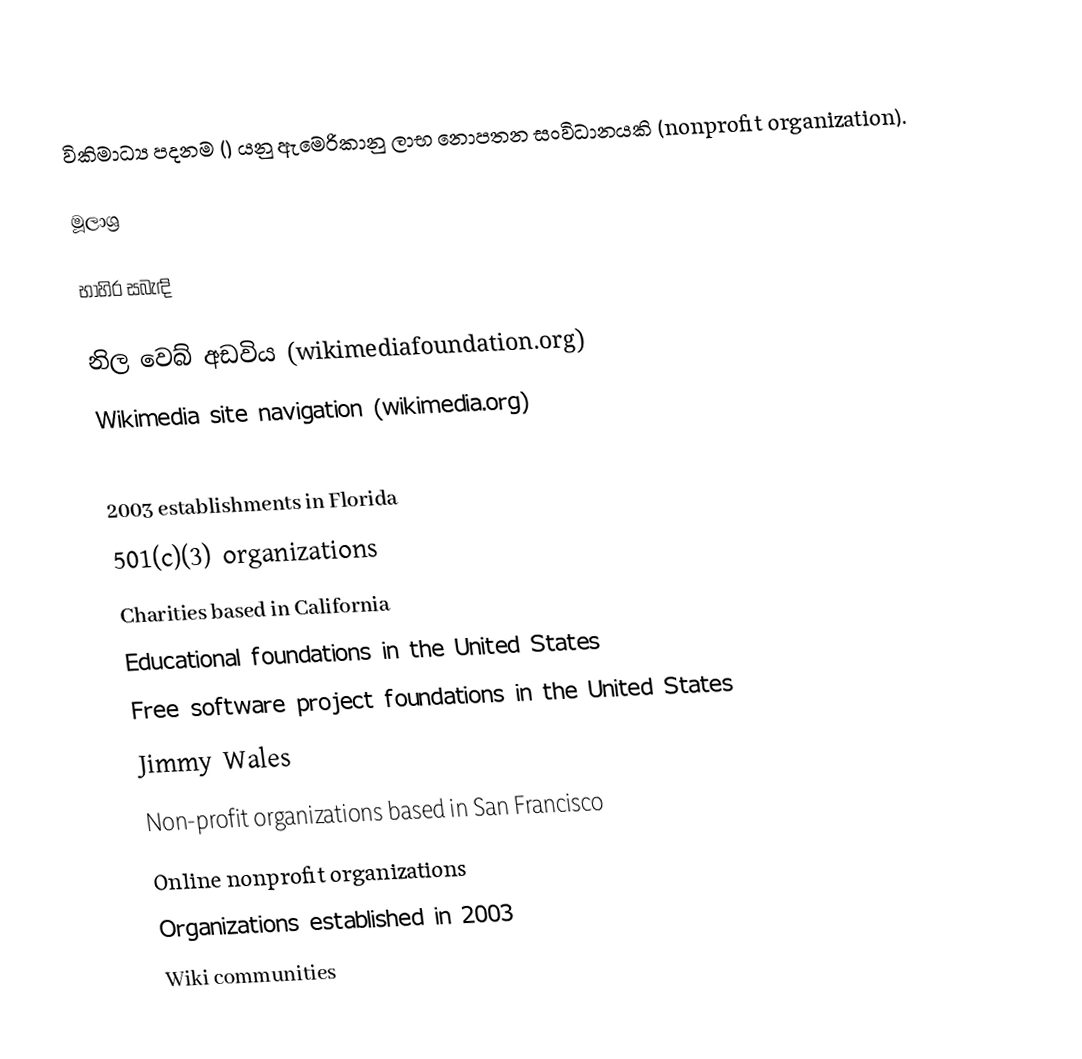
විකිමාධ්‍ය පදනම () යනු ඇමෙරිකානු ලාභ නොපතන සංවිධානයකි (nonprofit organization).

මූලාශ්‍ර

භාහිර සබැඳි

 නිල වෙබ් අඩවිය (wikimediafoundation.org)
 Wikimedia site navigation (wikimedia.org)

2003 establishments in Florida
501(c)(3) organizations
Charities based in California
Educational foundations in the United States
Free software project foundations in the United States
Jimmy Wales
Non-profit organizations based in San Francisco
Online nonprofit organizations
Organizations established in 2003
Wiki communities